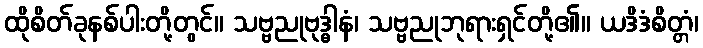
ထိုစိတ်ခုနစ်ပါးတို့တွင်။ သဗ္ဗညုဗုဒ္ဓါနံ၊ သဗ္ဗညုဘုရားရှင်တို့၏။ ယဒိဒံစိတ္တံ၊